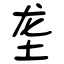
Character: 垄